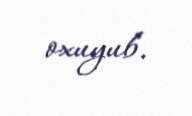
oxuyub.